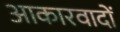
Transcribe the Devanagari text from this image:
आकारवादों